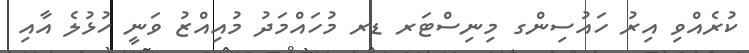
ކުރެއްވި އިރު ހައުސިންގ މިނިސްޓަރ ޑރ މުހައްމަދު މުއިއްޒު ވަނީ ހުޅުލެ އާއި